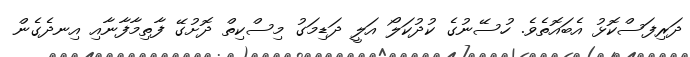
ދަރިފަސްކޮޅު އެބައޮތެވެ. ހުސޭނުގެ ކުދުކަލޯ އަލީ ދަޑިމަގު މިސްކިތް ދޮށުގޭ ފާތިމާފާނާއި އިނދެގެން